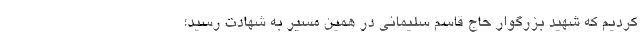
کردیم که شهید بزرگوار حاج قاسم سلیمانی در همین مسیر به شهادت رسید؛